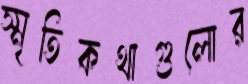
স্মৃতিকথাগুলোর